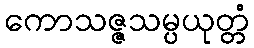
ကောသဇ္ဇသမ္ပယုတ္တံ